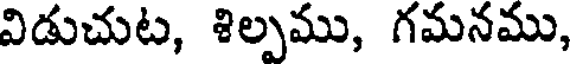
విడుచుట, శిల్పము, గమనము,